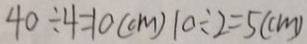
4 0 \div 4 = 1 0 ( c m ) 1 0 \div 2 = 5 ( c m )